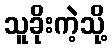
သူခိုးကဲ့သို့